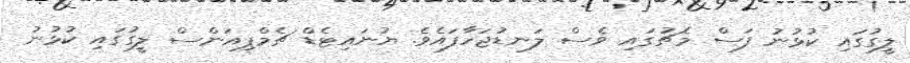
ލީގުގައި ކުޅުނު ފަސް މެޗުގައި ވެސް ލަނޑުޖަހާފައެވެ. ޔުނައިޓެޑް ޗެމްޕިއަންސް ލީގުގައި ކުޅުނު